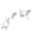
جناحي